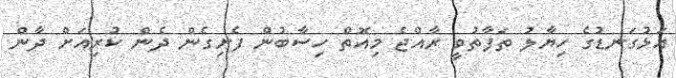
އަޅުގަނޑުގެ ހިޔާލު ތަފާތުވީ ރާއްޖެ މިއޮތް ހިސާބުން ފެށިގެން ދެން ކުރިއަށް ދާން